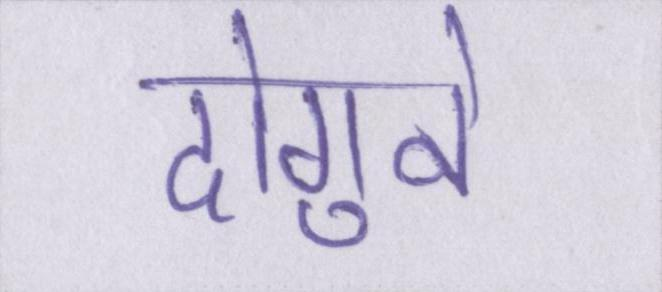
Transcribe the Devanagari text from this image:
दोगुने